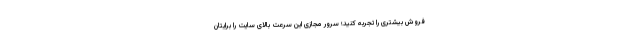
فروش بیشتری را تجربه کنید؛ سرور مجازی این سرعت بالای سایت را برایتان